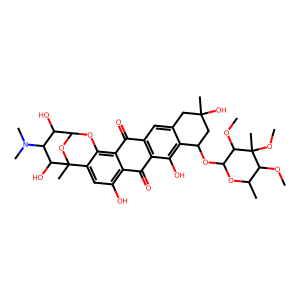
SMILES: COC1C(C)OC(OC2CC(C)(O)Cc3cc4c(c(O)c32)C(=O)c2c(O)cc3c(c2C4=O)OC2OC3(C)C(O)C(N(C)C)C2O)C(OC)C1(C)OC
Inhibits HIV replication: No